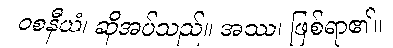
ဝစနီယံ၊ ဆိုအပ်သည်။ အဿ၊ ဖြစ်ရာ၏။